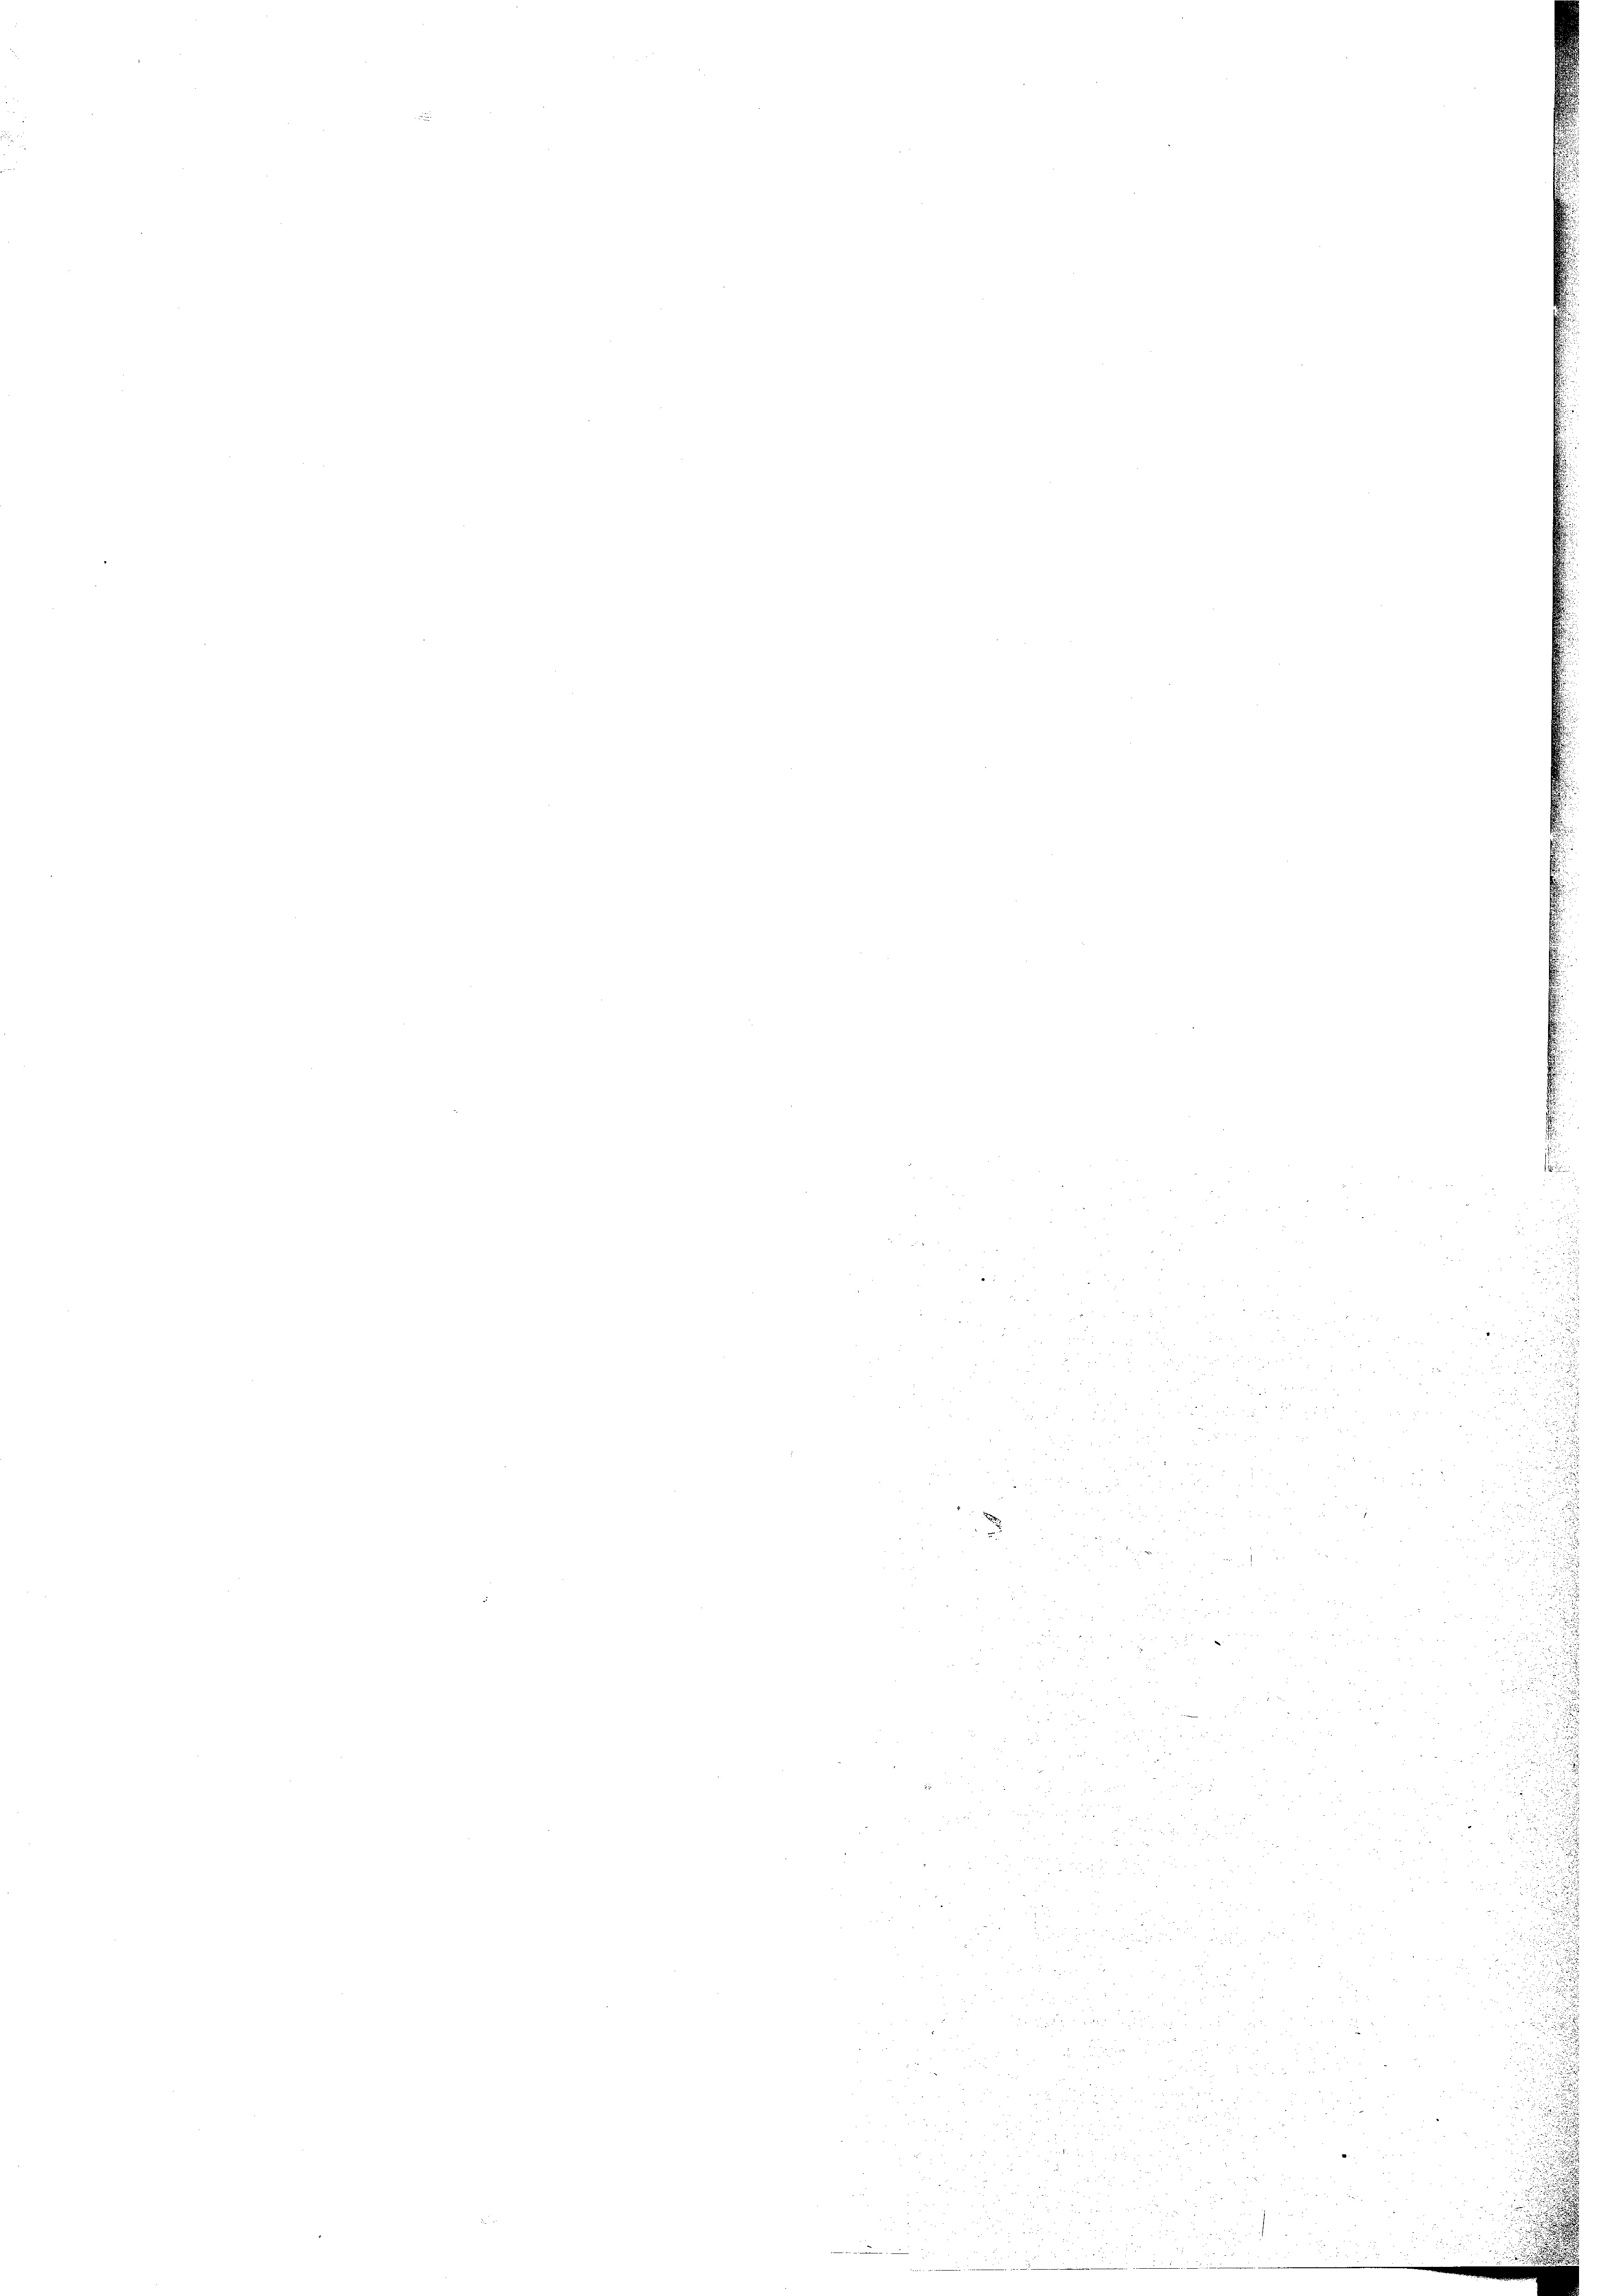
u

22
.

i
e
2

d
7
e
e
 xx
52

d
2.

x
3
e
e
 xx

 xx
 24
 55 x
           2
e
3
 2
2
e
.

u unter den zu

der
8
x 2 2
5 xx
uo
d
 xxx
u
e
 f 0 x
 5
 25 x

24
8

a
d
as 24 x
d
2
3

x
 x 2

2
 22 x 2
 2 f 0 x
 158 f 5 x

x

i

3
5
.

52

e

22

2

u
 28
¬
.
35
u
u
:

.

d

e

2
e

.

.